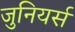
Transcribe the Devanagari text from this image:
जुनियर्स